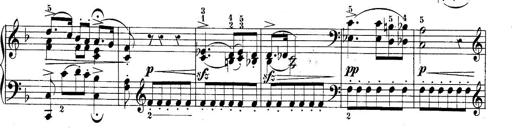
Title: 10 Sonatines progressives
Composer: Anton Schmoll